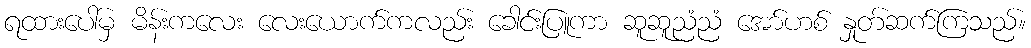
ရထားပေါ်မှ မိန်းကလေး လေးယောက်ကလည်း ခေါင်းပြူကာ ဆူဆူညံညံ အော်ဟစ် နှုတ်ဆက်ကြသည်။